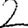
Digit: 2